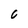
Character: 0